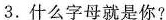
3.什么字母就是你?